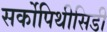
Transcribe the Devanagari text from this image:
सर्कोपिथीसिडी